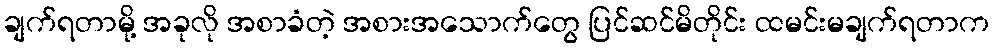
ချက်ရတာမို့ အခုလို အစာခံတဲ့ အစားအသောက်တွေ ပြင်ဆင်မိတိုင်း ထမင်းမချက်ရတာက